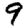
Digit: 9